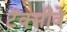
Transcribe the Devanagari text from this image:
टॅक्सीवे